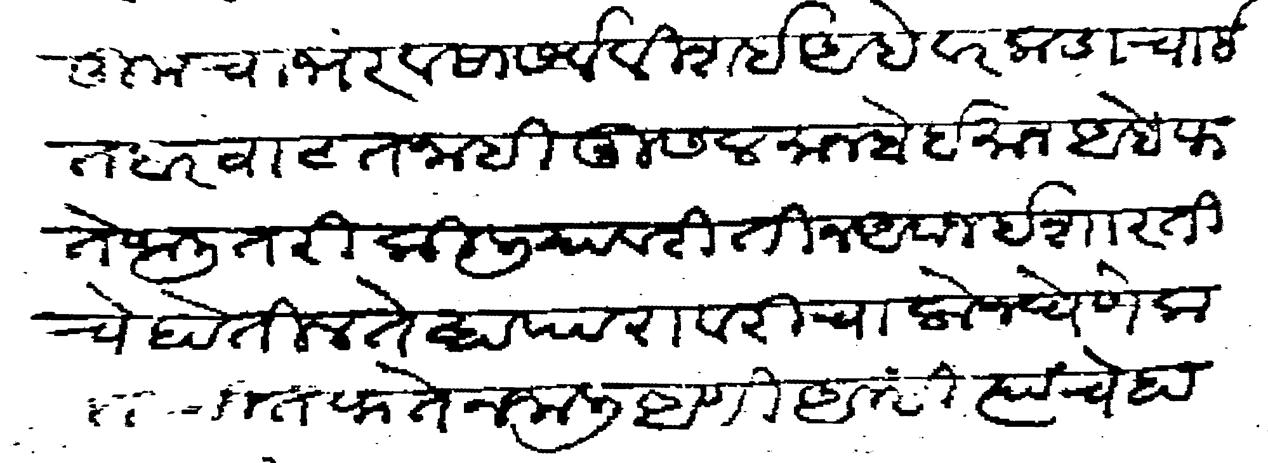
Transliteration (Devanagari): तुमचा भरवसा सर्व विशई आहे वरकडाचा ईतबार वाटत नाही मुसलमान बेईमान आहे फते जाली तरी किलीयावरी तीन अवाज ईशारतीचे होतील तेव्हा पारावरी चालोन घेणे कदाचीत फतेन जाली आणि आम्ही त्यांचे हाती